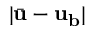
| \bar { \mathbf { u } } - \mathbf { u _ { \mathbf { b } } } |